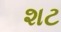
શટ